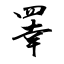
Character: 睪